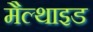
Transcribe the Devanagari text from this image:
मैल्थाइड